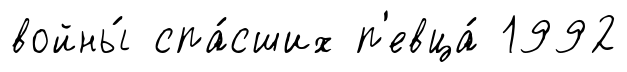
войны́ спа́сших п'евца́ 1992